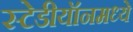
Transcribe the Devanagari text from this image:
स्टेडीयॉनमध्ये